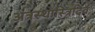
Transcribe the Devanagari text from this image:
अत्रस्थास्त्रिदिवं